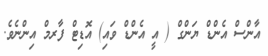
އާންސް އެންޑް ޔަންގް ( އީ އެންޑް ވައި) އޮޑިޓް ފާރމް އިންނެވެ.